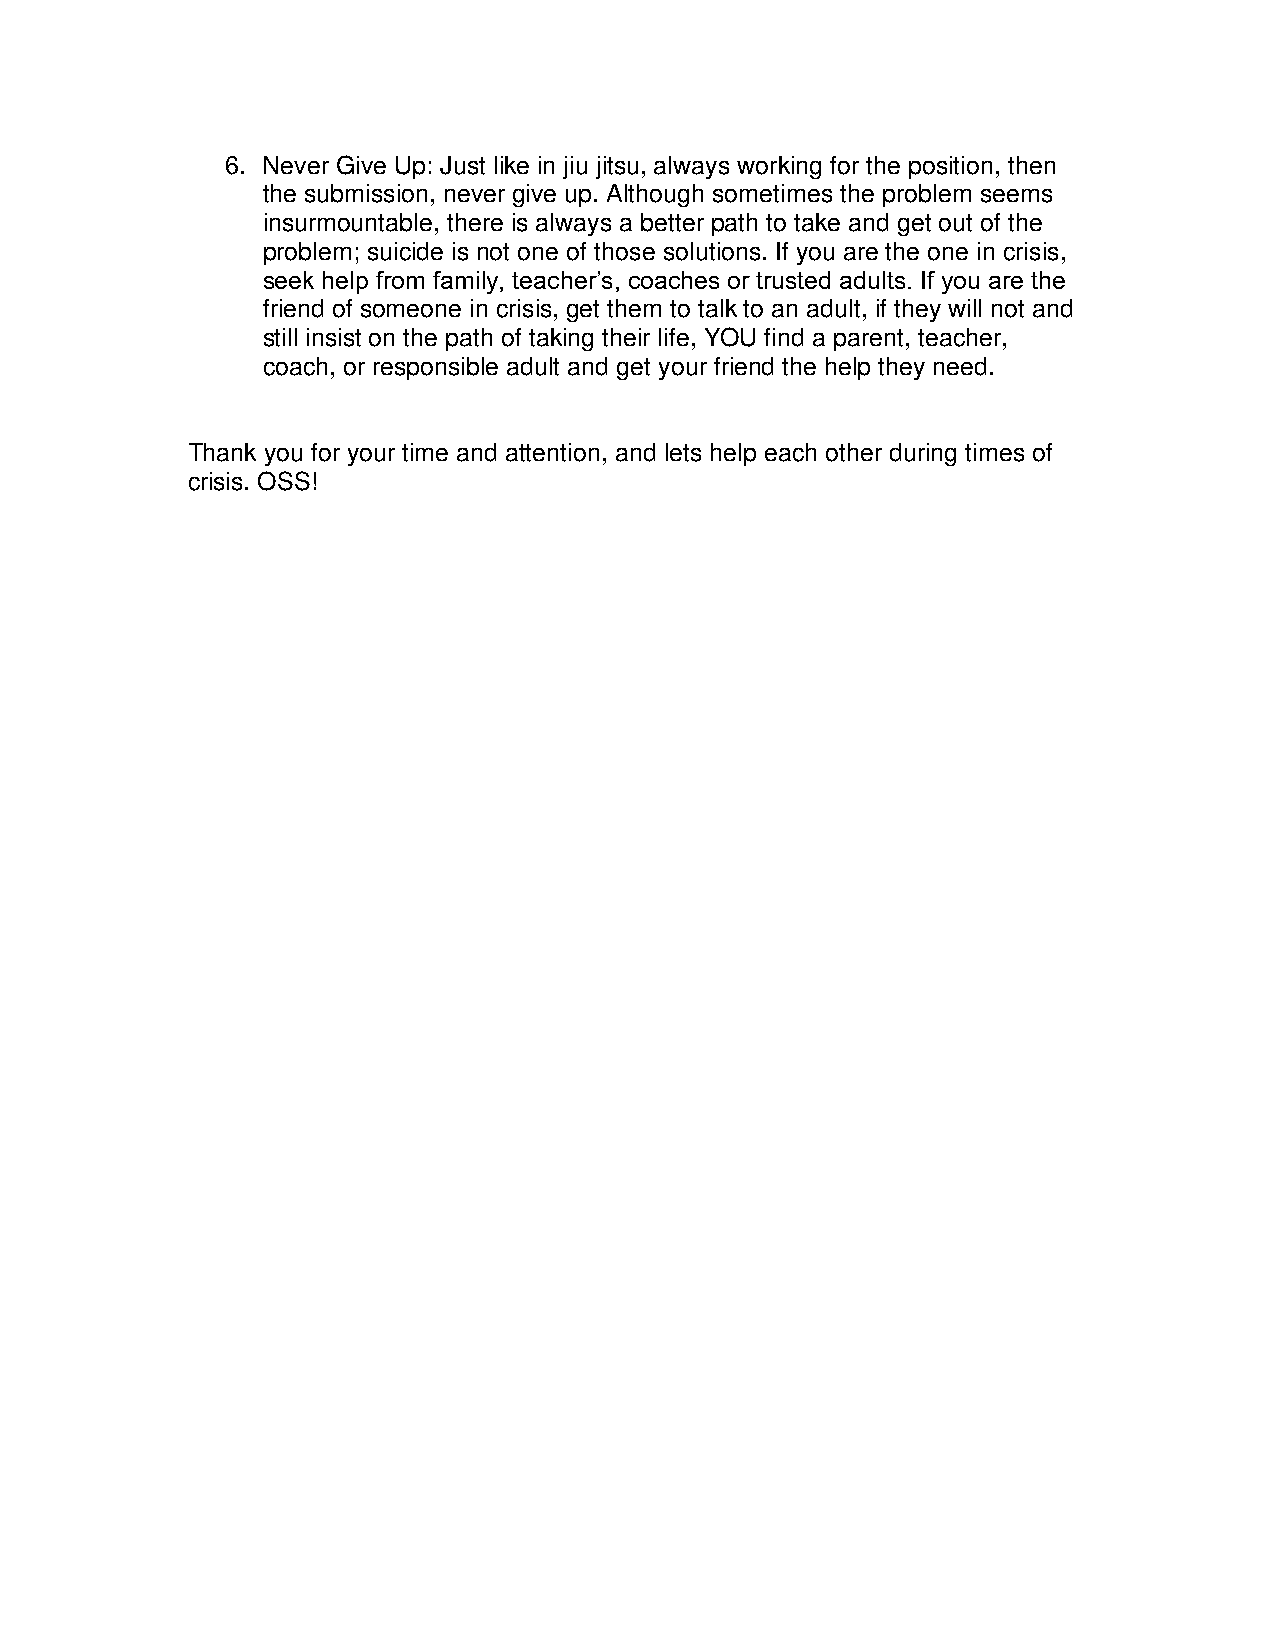
6. Never Give Up: Just like in jiu jitsu, always working for the position, then
 the submission, never give up. Although sometimes the problem seems
 insurmountable, there is always a better path to take and get out of the
 problem; suicide is not one of those solutions. If you are the one in crisis,
 seek help from family, teacher’s, coaches or trusted adults. If you are the
 friend of someone in crisis, get them to talk to an adult, if they will not and
 still insist on the path of taking their life, YOU find a parent, teacher,
 coach, or responsible adult and get your friend the help they need.
 Thank you for your time and attention, and lets help each other during times of
 crisis. OSS!